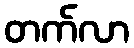
တက်လာ